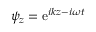
\psi _ { z } = \mathrm { e } ^ { i k z - i \omega t }